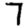
Digit: 7